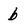
Character: b